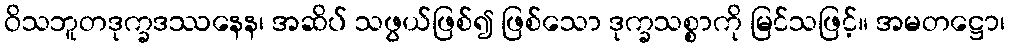
ဝိသဘူတဒုက္ခဒဿနေန၊ အဆိပ် သဖွယ်ဖြစ်၍ ဖြစ်သော ဒုက္ခသစ္စာကို မြင်သဖြင့်။ အမတဋ္ဌော၊